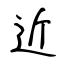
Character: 近